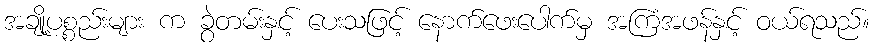
အချို့ပစ္စည်းများ က ခွဲတမ်းနှင့် ပေးသဖြင့် နောက်ဖေးပေါက်မှ အကြံအဖန်နှင့် ဝယ်ရသည်။